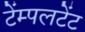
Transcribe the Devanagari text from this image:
टेंम्पलटेंट